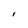
Character: I